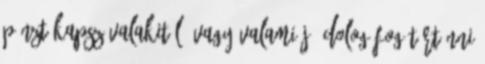
pénzt kapsz valakitől, vagy valami jó dolog fog történni